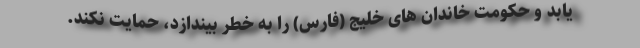
یابد و حکومت خاندان های خلیج (فارس) را به خطر بیندازد، حمایت نکند.